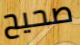
صحيح